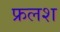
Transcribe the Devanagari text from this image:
फ्रलश